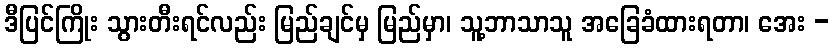
ဒီပြင်ကြိုး သွားတီးရင်လည်း မြည်ချင်မှ မြည်မှာ၊ သူ့ဘာသာသူ အခြေခံထားရတာ၊ အေး -